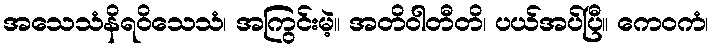
အသေသံနိရဝိသေသံ၊ အကြွင်းမဲ့။ အတိဝါတီတိ၊ ပယ်အပ်ပြီ။ ကေဝကံ၊